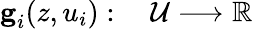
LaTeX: \begin{array}{rl}{\textbf{g}_{i}(z,u_{i}):\; }&{{}\mathcal{U}\longrightarrow\mathbb{R}}\end{array}